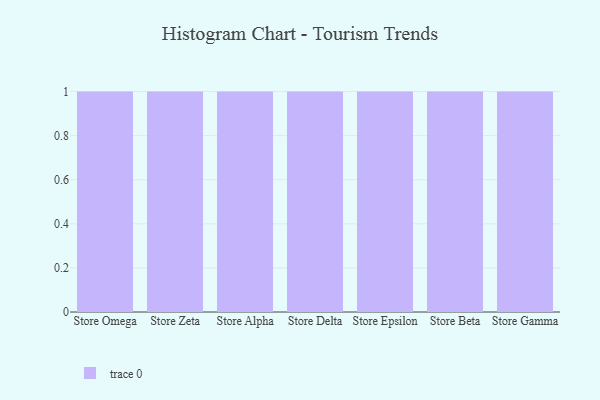
{"axis": {"x": "Store", "y": "Humidity (%)"}, "legend": [""], "data": [{"x": "Store Omega", "y": 74, "type": ""}, {"x": "Store Zeta", "y": 9, "type": ""}, {"x": "Store Alpha", "y": 51, "type": ""}, {"x": "Store Delta", "y": 28, "type": ""}, {"x": "Store Epsilon", "y": 17, "type": ""}, {"x": "Store Beta", "y": 51, "type": ""}, {"x": "Store Gamma", "y": 23, "type": ""}]}